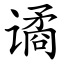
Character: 谲